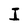
Character: I